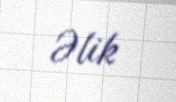
Əlik